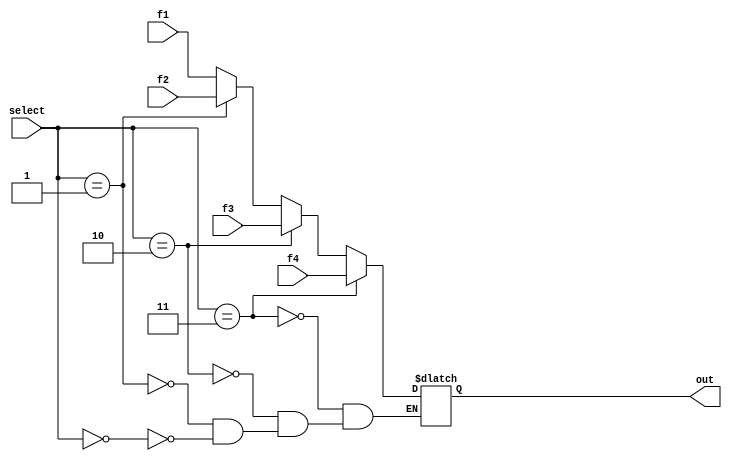
module Multiplexer(f1,f2,f3,f4,select,out);

input [8:0]f1;
input [8:0]f2;
input [8:0]f3;
input [8:0]f4;

input [1:0]select;

output [8:0]out;

reg [8:0]out;

always @*

begin 
	if ( select == 2'b00 )
	out = f1;
		
	if ( select == 2'b01 )
	out = f2;
	
	if ( select == 2'b10 )
	out  = f3;
	
	if ( select == 2'b11 )
	out = f4;
	
end 

endmodule